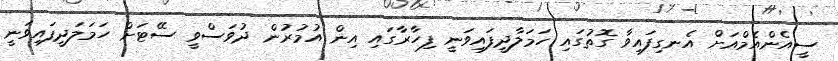
ސީއެންއެމްއަށް އެނގިފައިވާ ގޮތުގައި ހަމަލާދީފައިވަނީ ފިހާރާގައި އިން އުމުރުން ދުވަސްވީ ސޭޓަށް ހަމަލަދީފައިވަނީ